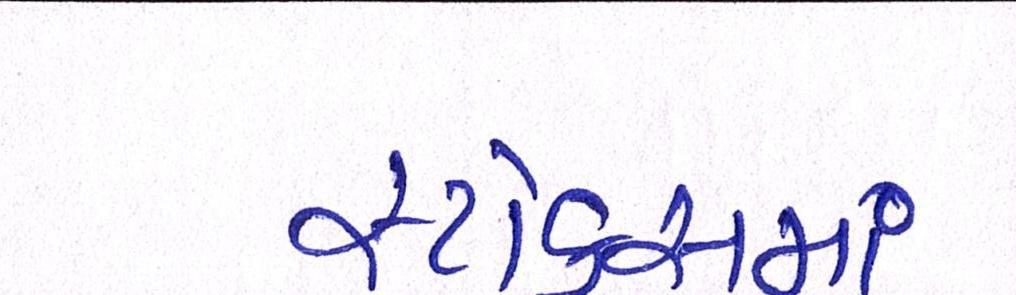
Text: સ્ટોક્સમાં